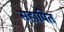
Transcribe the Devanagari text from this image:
सहापित